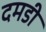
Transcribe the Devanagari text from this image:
दमडी